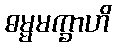
ဓမ္မမက္ခာဟိ